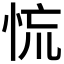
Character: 㤺